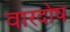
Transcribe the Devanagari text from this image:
वारदोष